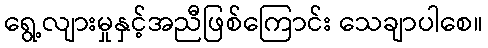
ရွေ့လျားမှုနှင့်အညီဖြစ်ကြောင်း သေချာပါစေ။